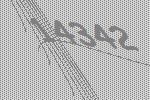
14342